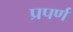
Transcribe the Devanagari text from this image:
प्रपर्ण